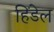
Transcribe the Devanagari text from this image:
हिंडेल